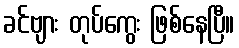
ခင်ဗျား တုပ်ကွေး ဖြစ်နေပြီ။